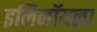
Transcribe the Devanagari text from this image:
इलिनॉयला